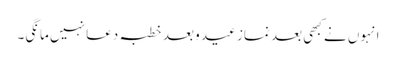
انہوں نے کبھی بعد نماز عید و بعد خطبہ دعا نہیں مانگی۔